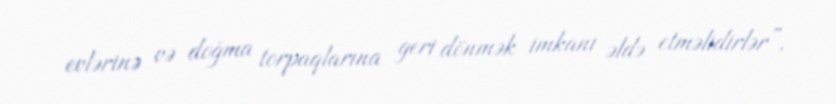
evlərinə və doğma torpaqlarına geri dönmək imkanı əldə etməlidirlər”.